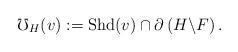
LaTeX: \begin{align*}\mho_{H}(v):={\rm Shd}(v)\cap\partial\left(H\backslash F\right).\end{align*}